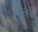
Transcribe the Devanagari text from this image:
अन्‍नाचे